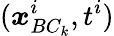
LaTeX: (\boldsymbol{x}_{BC_{k}}^{i},t^{i})